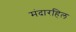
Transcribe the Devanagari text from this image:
मंदारहिल